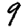
Digit: 9